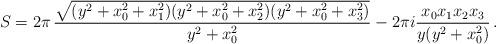
LaTeX: \begin{align*}S=2\pi\, \frac{\sqrt{(y^2+x_0^2+x_1^2)(y^2+x_0^2+x_2^2)(y^2+x_0^2+x_3^2)}}{y^2+x_0^2} - 2\pi i \frac{x_0 x_1 x_2 x_3}{y (y^2 + x_0^2)}\, .\end{align*}